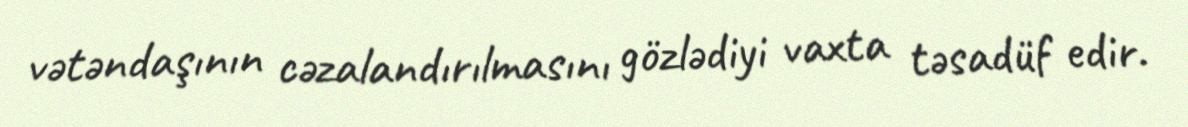
vətəndaşının cəzalandırılmasını gözlədiyi vaxta təsadüf edir.